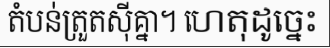
តំបន់ត្រួតស៊ីគ្នា។ ហេតុដូច្នេះ